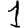
Digit: 1